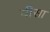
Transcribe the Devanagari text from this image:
यीसा